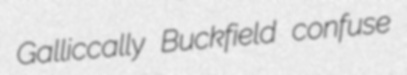
Galliccally Buckfield confuse